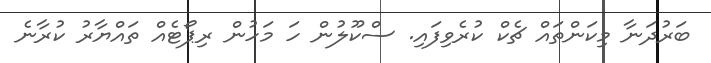
ބަރުދަނާ މިކަންތައް ޗެކް ކުރެވިފައި. ސްކޫލުން ހަ މަހުން ރިޕޯޓެއް ތައްޔާރު ކުރާނެ